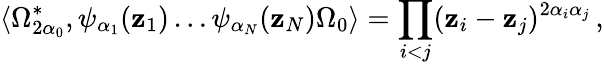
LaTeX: \langle\Omega_{2\alpha_{0}}^{*},\psi_{\alpha_{1}}(\mathbf{z}_{1})\ldots\psi_{\alpha_{N}}(\mathbf{z}_{N})\Omega_{0}\rangle=\prod_{i<j}(\mathbf{z}_{i}-\mathbf{z}_{j})^{2\alpha_{i}\alpha_{j}}\, ,